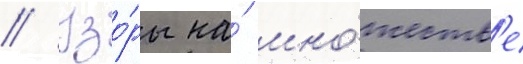
// Узо́ры на́ мно́жеств'е